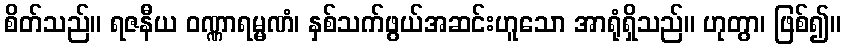
စိတ်သည်။ ရဇနီယ ဝဏ္ဏာရမ္မဏံ၊ နှစ်သက်ဖွယ်အဆင်းဟူသော အာရုံရှိသည်။ ဟုတွာ၊ ဖြစ်၍။